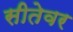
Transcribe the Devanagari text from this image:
सीतेवर